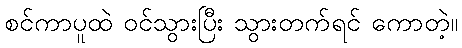
စင်ကာပူထဲ ဝင်သွားပြီး သွားတက်ရင် ကောတဲ့။